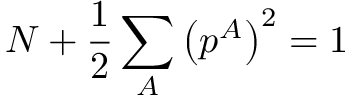
N + \frac { 1 } { 2 } \sum _ { A } \left( p ^ { A } \right) ^ { 2 } = 1